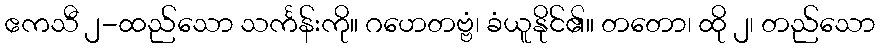
ဧကသီ ၂-ထည်သော သင်္ကန်းကို။ ဂဟေတဗ္ဗံ၊ ခံယူနိုင်၏။ တတော၊ ထို ၂၊ တည်သော